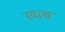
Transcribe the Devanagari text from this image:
रवाश